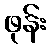
ဖုန်း